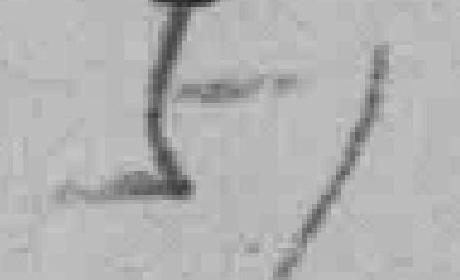
51